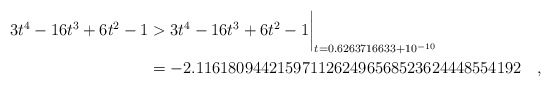
\begin{align*} 3t^4-16t^3+6t^2-1 & > 3t^4-16t^3+6t^2-1\biggr\rvert_{t=0.6263716633 + 10^{-10}} \\& = -2.1161809442159711262496568523624448554192\quad , \end{align*}